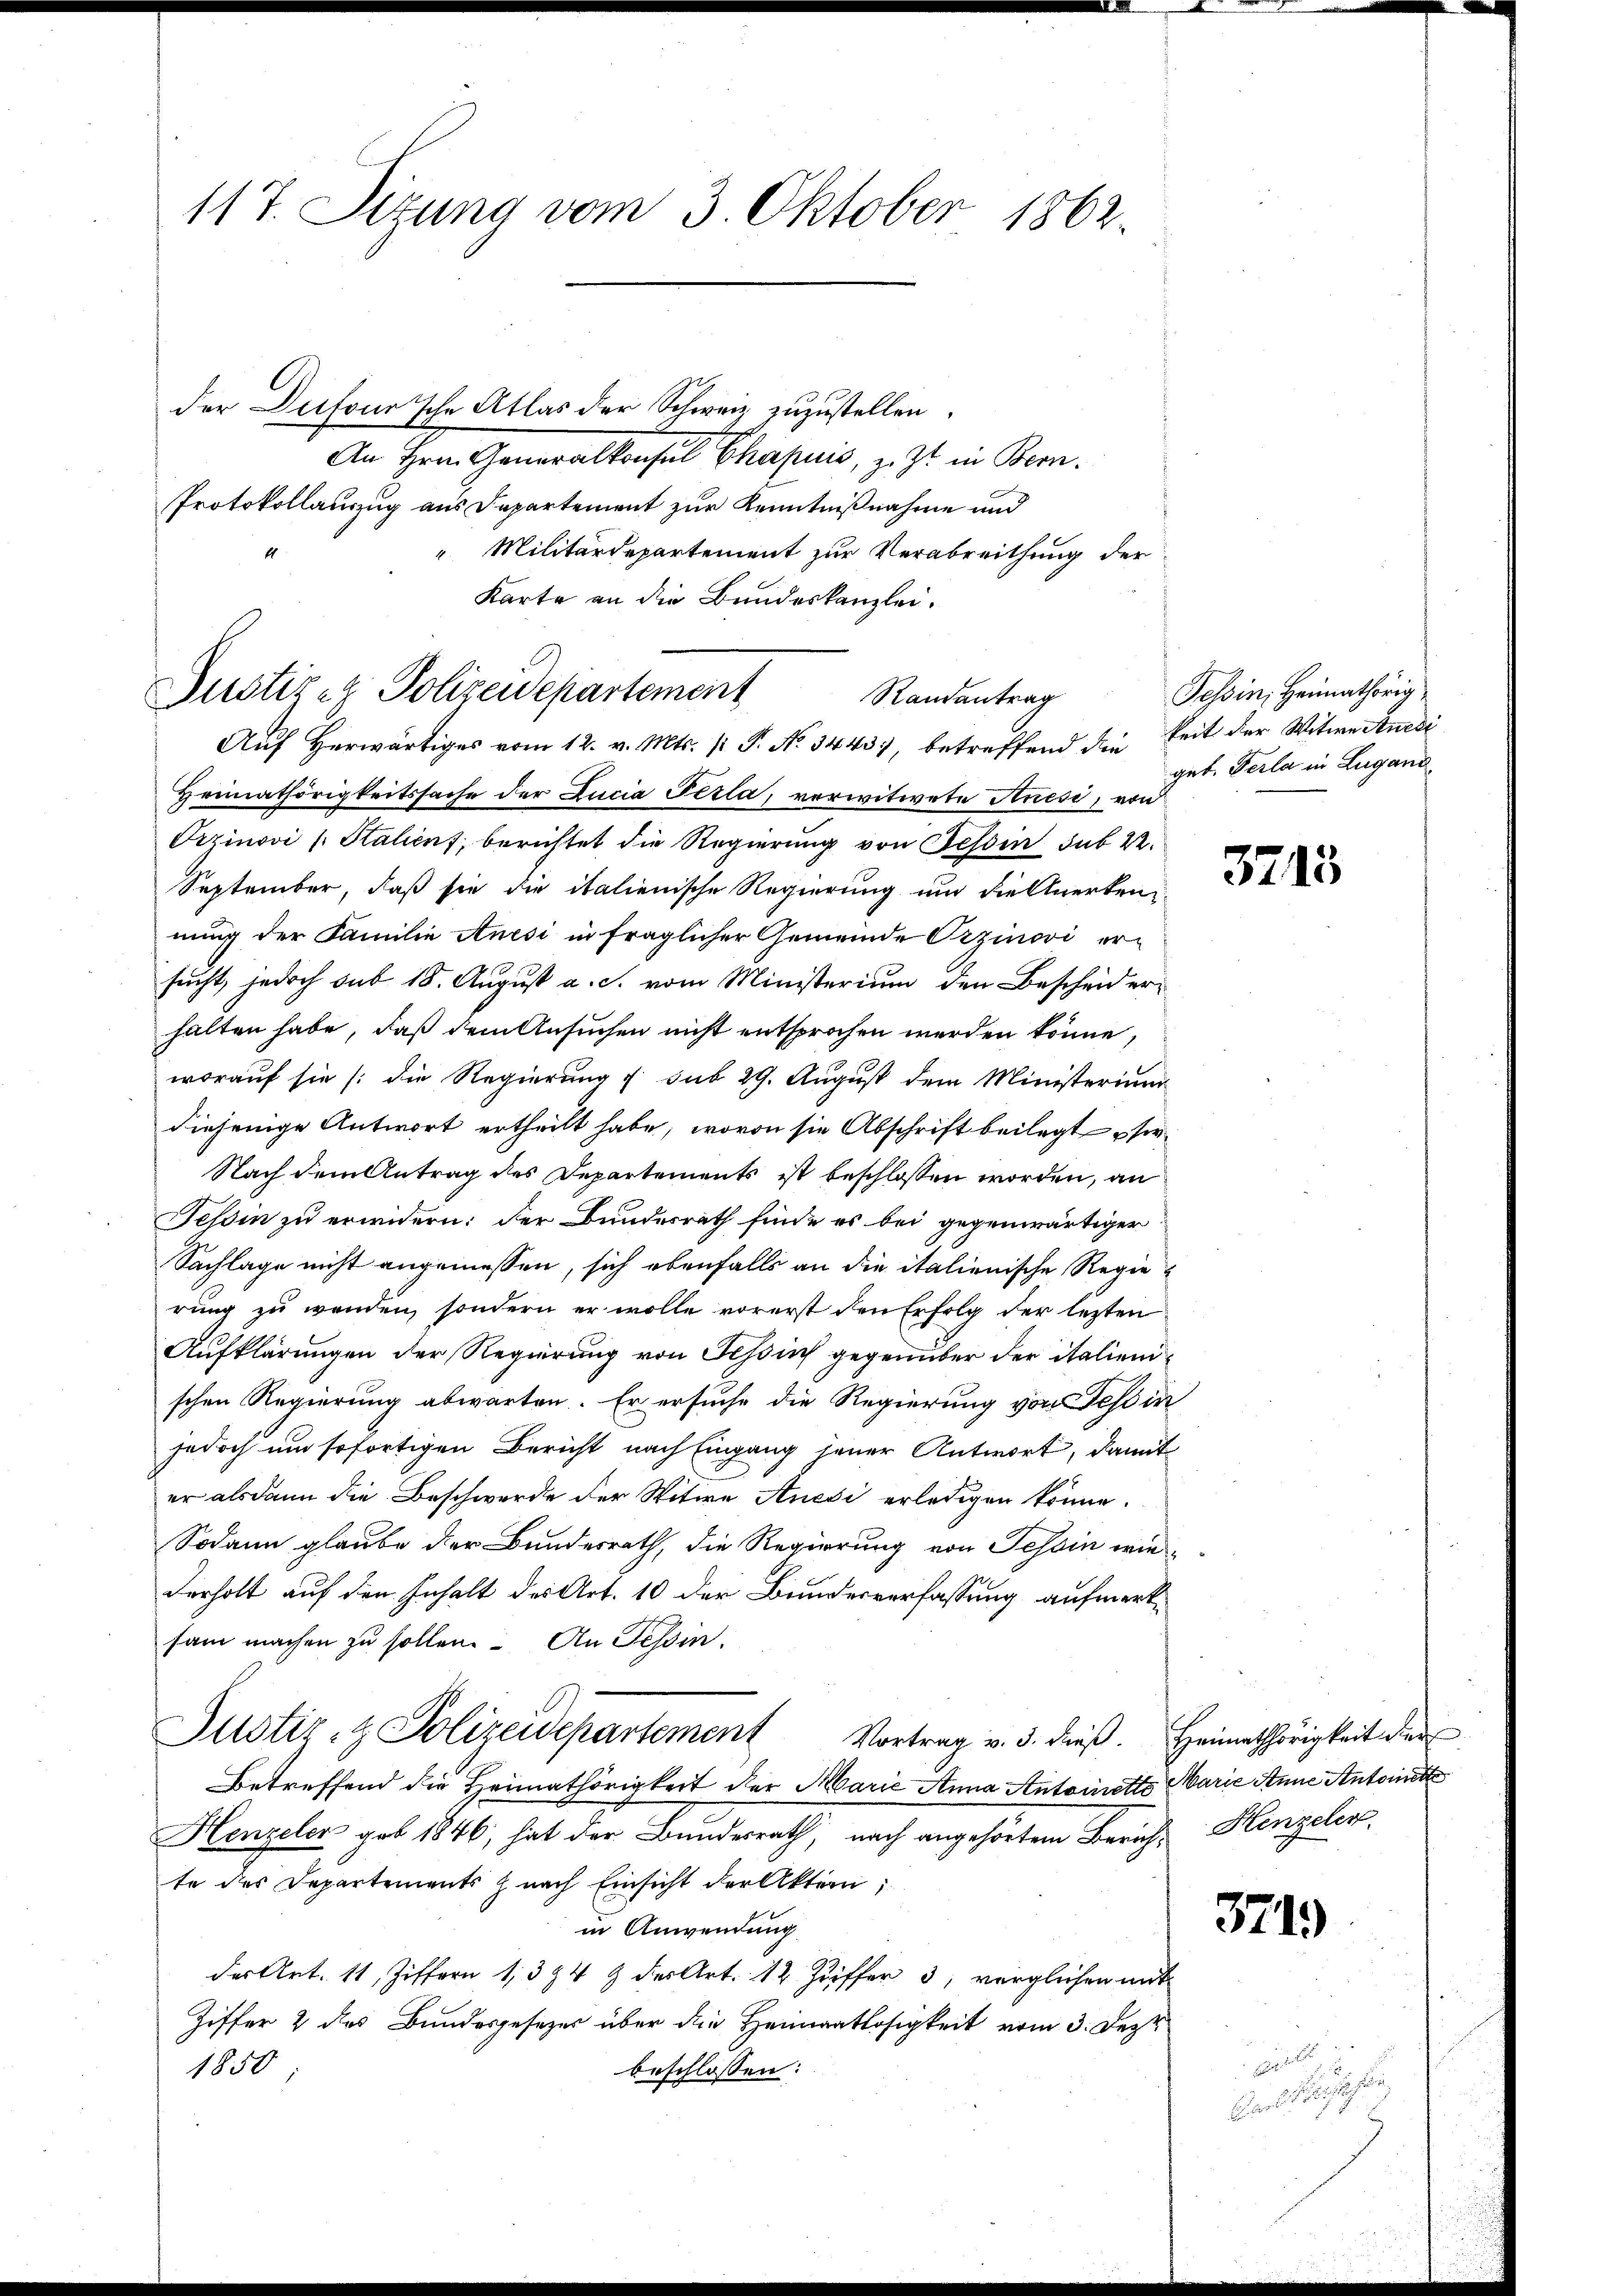
117. Sitzung vom 3. Oktober 1862.

der Dufour'sche Atlas der Schweiz zuzustellen.
An Hrn. Generalkonsul Chapuis, z. Zt. in Bern.
Protokollauszug aus Departement zur Kenntnißnahme und
"Militärdepartement zur Verabreithung der
Heimathörigkeitssache der Lucia Parla, verwitwete Anesi, von
Orzinovi (Stalient, berichtet die Regierung von Tessin sub 22.
September, daß sie die italienische Regierung und die Anerken
nung der Familie Anesi in fraglicher Gemeinde Oezinovi ersucht, jedoch sub 18. August a. S. vom Ministerium den Bescheid erhalten habe, daß dem Ansuchen nicht entsprochen werden könne,
worauf sie (die Regierung u. sub 29. August dem Ministerium
diejenige Antwort ertheilt habe, wovon sie Abschrift beilegt ser
Nach dem Antrag des Departements ist beschlossen worden, an
Tessin zu erwidern: der Bundesrath finde es bei gegenwärtiger
Sachlage nicht angemessen, sich ebenfalls an die italienische Regierung zu wenden, sondern er wolle vorerst den Erfolg der lezten
Aufklärungen der Regierung von Tessin gegenüber der italienischen Regierung abwarten. Er ersuche die Regierung von Tessin
jedoch um sofortigen Bericht nach Eingang jener Antwort, damit
er alsdann die Beschwerde der Witwe Anesi erledigen könne.
Sodann glaube der Bundesrath, die Regierung von Tessin wie
derholt auf den Inhalt des Art. 10 der Bundesverfassung aufmerksam machen zu sollen. An Tessin.
Justiz- & Polizeidepartement Vortrag v. 3. dieβ. Heimathörigkeit der
Betreffend die Heimathörigkeit der Marie Anna Antoinette Marie Anne Antonett
Henzeler geb. 1846, hat der Bundesrath, nach angehörten Bericht Henzeler
te des Departements nach Einsicht der Akten;
in Anwendung
des Art. 11, Ziffern 1394 9 des Art. 12 Ziffer 3, verglichen mit
Ziffer 2 des Bundesgesezes über die Heimatlosigkeit vom 3. Deze
1850;
beschlossen:

Karte an die Bundeskanzlei.
Justizig Polizeidepartement
Aŭf herwärtiges vom 12. v. Mts. (: P. No. 3443), betreffend die keit der Witwe Aneri

Randantrag

Tessin, Heimathörig
geb. Perla in Lugand

3715

371)

e
andschaften,